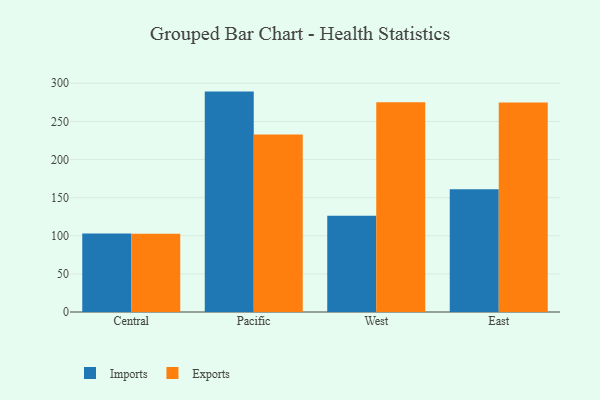
{"axis": {"x": "Region", "y": "Headcount"}, "legend": ["Exports", "Imports"], "data": [{"x": "Central", "y": 103.1, "type": "Imports"}, {"x": "Central", "y": 102.7, "type": "Exports"}, {"x": "Pacific", "y": 289.1, "type": "Imports"}, {"x": "Pacific", "y": 232.7, "type": "Exports"}, {"x": "West", "y": 126.4, "type": "Imports"}, {"x": "West", "y": 275.1, "type": "Exports"}, {"x": "East", "y": 161.0, "type": "Imports"}, {"x": "East", "y": 274.7, "type": "Exports"}]}